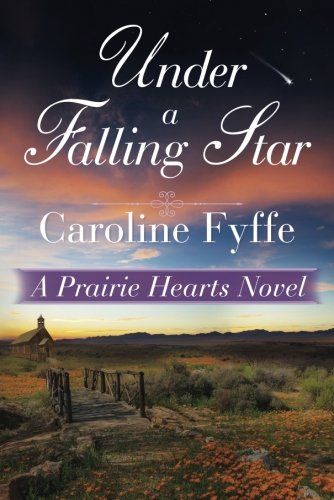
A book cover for Under a Falling Star (Prairie Hearts); Caroline Fyffe; Romance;